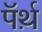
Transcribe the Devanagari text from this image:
पॅर्थ़